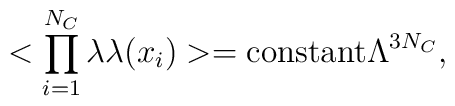
< \prod_{i=1}^{N_C} \lambda \lambda (x_i) >= \hbox {constant}\Lambda^{3N_C},